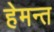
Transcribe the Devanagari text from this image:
हेमन्‍त